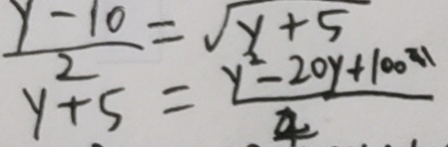
\frac { y - 1 0 } { 2 } = \sqrt { y + 5 }